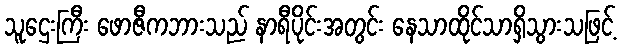
သူဌေးကြီး ဖောဇီကဘားသည် နာရီပိုင်းအတွင်း နေသာထိုင်သာရှိသွားသဖြင့်